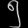
Digit: ၅